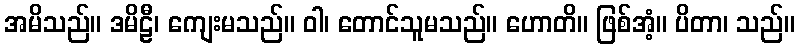
အမိသည်။ ဒမိဠီ၊ ကျေးမသည်။ ဝါ၊ တောင်သူမသည်။ ဟောတိ။ ဖြစ်အံ့။ ပိတာ၊ သည်။